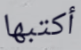
أكتبها